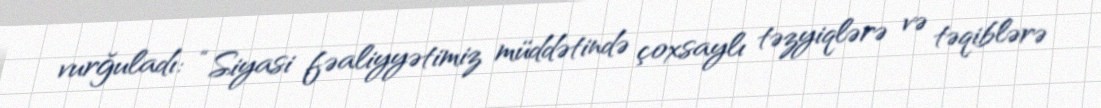
vurğuladı: “Siyasi fəaliyyətimiz müddətində çoxsaylı təzyiqlərə və təqiblərə